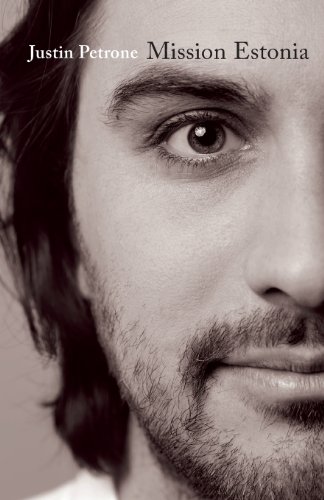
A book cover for Mission Estonia; Justin Petrone; Travel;